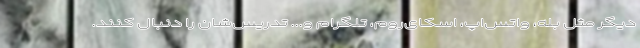
دیگر مثل بله، واتس‌اپ، اسکای‌روم، تلگرام و... تدریس‌شان را دنبال کنند.